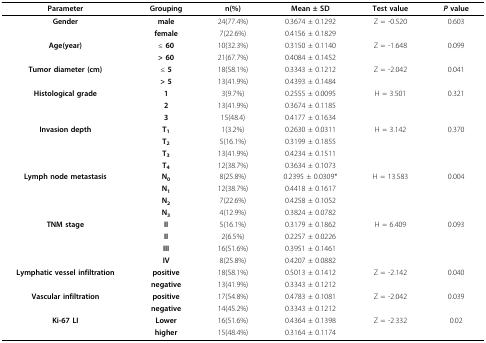
<table><thead><tr><td><b>Parameter</b></td><td><b>Grouping</b></td><td><b>n(%)</b></td><td><b>Mean ± SD</b></td><td><b>Test value</b></td><td><b><i>P </i>value</b></td></tr></thead><tbody><tr><td><b>Gender</b></td><td><b>male</b></td><td>24(77.4%)</td><td>0.3674 ± 0.1292</td><td>Z = -0.520</td><td>0.603</td></tr><tr><td></td><td><b>female</b></td><td>7(22.6%)</td><td>0.4156 ± 0.1829</td><td></td><td></td></tr><tr><td><b>Age(year)</b></td><td>≤ <b>60</b></td><td>10(32.3%)</td><td>0.3150 ± 0.1140</td><td>Z = -1.648</td><td>0.099</td></tr><tr><td></td><td><b>&gt; 60</b></td><td>21(67.7%)</td><td>0.4084 ± 0.1452</td><td></td><td></td></tr><tr><td><b>Tumor diameter (cm)</b></td><td>≤ <b>5</b></td><td>18(58.1%)</td><td>0.3343 ± 0.1212</td><td>Z = -2.042</td><td>0.041</td></tr><tr><td></td><td><b>&gt; 5</b></td><td>13(41.9%)</td><td>0.4393 ± 0.1484</td><td></td><td></td></tr><tr><td><b>Histological grade</b></td><td><b>1</b></td><td>3(9.7%)</td><td>0.2555 ± 0.0095</td><td>H = 3.501</td><td>0.321</td></tr><tr><td></td><td><b>2</b></td><td>13(41.9%)</td><td>0.3674 ± 0.1185</td><td></td><td></td></tr><tr><td></td><td><b>3</b></td><td>15(48.4)</td><td>0.4177 ± 0.1634</td><td></td><td></td></tr><tr><td><b>Invasion depth</b></td><td><b>T</b><sub><b>1</b></sub></td><td>1(3.2%)</td><td>0.2630 ± 0.0311</td><td>H = 3.142</td><td>0.370</td></tr><tr><td></td><td><b>T</b><sub><b>2</b></sub></td><td>5(16.1%)</td><td>0.3199 ± 0.1855</td><td></td><td></td></tr><tr><td></td><td><b>T</b><sub><b>3</b></sub></td><td>13(41.9%)</td><td>0.4234 ± 0.1511</td><td></td><td></td></tr><tr><td></td><td><b>T</b><sub><b>4</b></sub></td><td>12(38.7%)</td><td>0.3634 ± 0.1073</td><td></td><td></td></tr><tr><td><b>Lymph node metastasis</b></td><td><b>N</b><sub><b>0</b></sub></td><td>8(25.8%)</td><td>0.2395 ± 0.0309*</td><td>H = 13.583</td><td>0.004</td></tr><tr><td></td><td><b>N</b><sub><b>1</b></sub></td><td>12(38.7%)</td><td>0.4418 ± 0.1617</td><td></td><td></td></tr><tr><td></td><td><b>N</b><sub><b>2</b></sub></td><td>7(22.6%)</td><td>0.4258 ± 0.1052</td><td></td><td></td></tr><tr><td></td><td><b>N</b><sub><b>3</b></sub></td><td>4(12.9%)</td><td>0.3824 ± 0.0782</td><td></td><td></td></tr><tr><td><b>TNM stage</b></td><td><b>II</b></td><td>5(16.1%)</td><td>0.3179 ± 0.1862</td><td>H = 6.409</td><td>0.093</td></tr><tr><td></td><td><b>II</b></td><td>2(6.5%)</td><td>0.2257 ± 0.0226</td><td></td><td></td></tr><tr><td></td><td><b>III</b></td><td>16(51.6%)</td><td>0.3951 ± 0.1461</td><td></td><td></td></tr><tr><td></td><td><b>IV</b></td><td>8(25.8%)</td><td>0.4207 ± 0.0882</td><td></td><td></td></tr><tr><td><b>Lymphatic vessel infiltration</b></td><td><b>positive</b></td><td>18(58.1%)</td><td>0.5013 ± 0.1412</td><td>Z = -2.142</td><td>0.040</td></tr><tr><td></td><td><b>negative</b></td><td>13(41.9%)</td><td>0.3343 ± 0.1212</td><td></td><td></td></tr><tr><td><b>Vascular infiltration</b></td><td><b>positive</b></td><td>17(54.8%)</td><td>0.4783 ± 0.1081</td><td>Z = -2.042</td><td>0.039</td></tr><tr><td></td><td><b>negative</b></td><td>14(45.2%)</td><td>0.3343 ± 0.1212</td><td></td><td></td></tr><tr><td><b>Ki-67 LI</b></td><td><b>Lower</b></td><td>16(51.6%)</td><td>0.4364 ± 0.1398</td><td>Z = -2.332</td><td>0.02</td></tr><tr><td></td><td><b>higher</b></td><td>15(48.4%)</td><td>0.3164 ± 0.1174</td><td></td><td></td></tr></tbody></table>